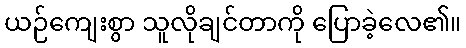
ယဉ်ကျေးစွာ သူလိုချင်တာကို ပြောခဲ့လေ၏။